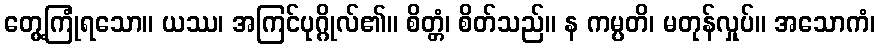
တွေ့ကြုံရသော။ ယဿ၊ အကြင်ပုဂ္ဂိုလ်၏။ စိတ္တံ၊ စိတ်သည်။ န ကမ္ပတိ၊ မတုန်လှုပ်။ အသောကံ၊